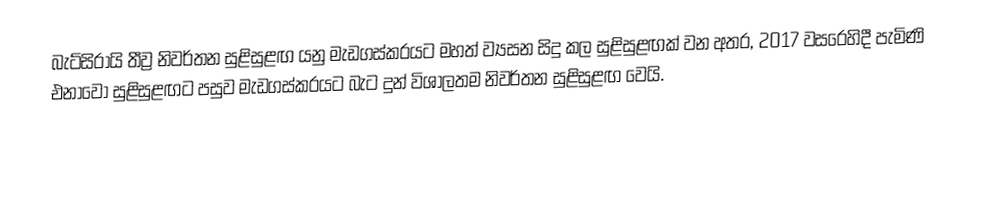
බැට්සිරායි තීව්‍ර නිවර්තන සුළිසුළඟ යනු මැඩගස්කරයට මහත් ව්‍යසන සිදු කල සුළිසුළඟක් වන අතර, 2017 වසරෙහිදී පැමිණි   එනාවෝ සුළිසුළඟට පසුව මැඩගස්කරයට බැට දුන් විශාලතම නිවර්තන සුළිසුළඟ වෙයි.